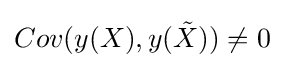
Cov(y(X),y({\tilde {X}}))\neq 0